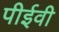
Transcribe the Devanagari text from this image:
पीईवी